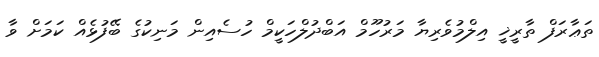
ތަޢާރަފް ތާރީޚީ އިލްމުވެރިޔާ މަރުހޫމް އަބްދުލްހަކީމް ހުސެއިން މަނިކުގެ ބޭފުޅެއް ކަމަށް ވާ